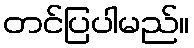
တင်ပြပါမည်။